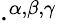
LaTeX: \cdot^{\alpha,\beta,\gamma}